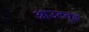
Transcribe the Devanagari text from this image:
आउटवुड